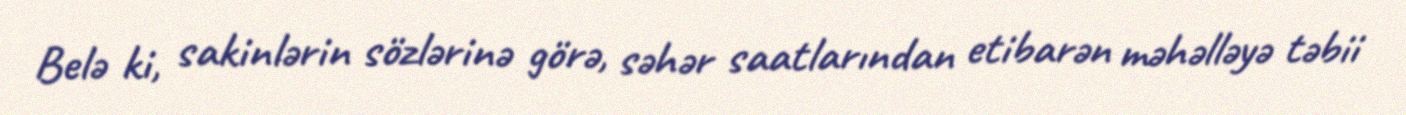
Belə ki, sakinlərin sözlərinə görə, səhər saatlarından etibarən məhəlləyə təbii